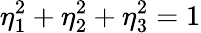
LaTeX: \eta_{1}^{2}+\eta_{2}^{2}+\eta_{3}^{2}=1